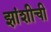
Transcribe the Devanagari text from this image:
झांशीची